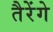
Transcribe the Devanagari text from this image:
तैरेंगे